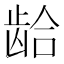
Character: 𲎨